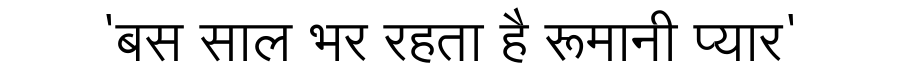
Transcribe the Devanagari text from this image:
'बस साल भर रहता है रूमानी प्यार'